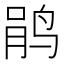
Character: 鹃